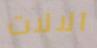
الالات